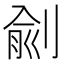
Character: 㓱